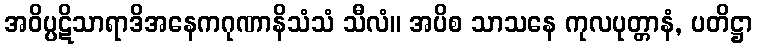
အဝိပ္ပဋိသာရာဒိအနေကဂုဏာနိသံသံ သီလံ။ အပိစ သာသနေ ကုလပုတ္တာနံ, ပတိဋ္ဌာ